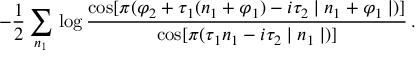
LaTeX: - \frac { 1 } { 2 } \sum _ { n _ { 1 } } \, \log \frac { \cos [ \pi ( \varphi _ { 2 } + \tau _ { 1 } ( n _ { 1 } + \varphi _ { 1 } ) - i \tau _ { 2 } \mid n _ { 1 } + \varphi _ { 1 } \mid ) ] } { \cos [ \pi ( \tau _ { 1 } n _ { 1 } - i \tau _ { 2 } \mid n _ { 1 } \mid ) ] } \, .